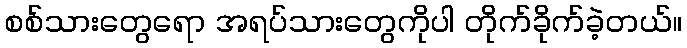
စစ်သားတွေရော အရပ်သားတွေကိုပါ တိုက်ခိုက်ခဲ့တယ်။